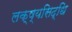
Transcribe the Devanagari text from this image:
लक्ष्यसिद्धि